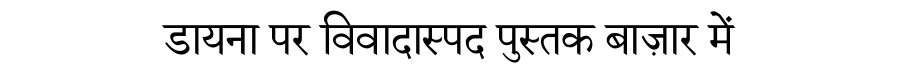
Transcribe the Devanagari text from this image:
डायना पर विवादास्पद पुस्तक बाज़ार में